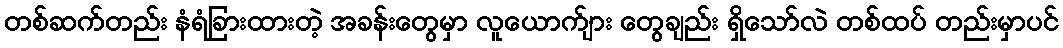
တစ်ဆက်တည်း နံရံခြားထားတဲ့ အခန်းတွေမှာ လူယောက်ျား တွေချည်း ရှိသော်လဲ တစ်ထပ် တည်းမှာပင်